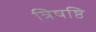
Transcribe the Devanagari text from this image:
त्रिषष्ठि